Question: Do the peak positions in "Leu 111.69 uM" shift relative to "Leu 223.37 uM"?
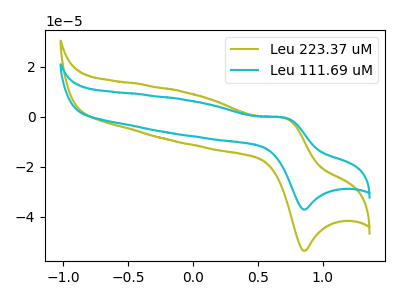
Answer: <think>The olive curve "Leu 223.37 uM" has an anodic peak at (0.70V, -0.50uA) and a cathodic peak at (0.85V, -53.60uA). The cyan curve "Leu 111.69 uM" has an anodic peak at (0.70V, -0.35uA) and a cathodic peak at (0.85V, -37.10uA).
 All the peaks in "Leu 111.69 uM" have a peak in "Leu 223.37 uM" at the same potential.</think>
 <answer>No, "Leu 111.69 uM" and "Leu 223.37 uM" don't appear to be significantly different in shape</answer>
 <eval>no_change</eval>